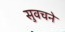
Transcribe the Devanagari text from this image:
सुवचने